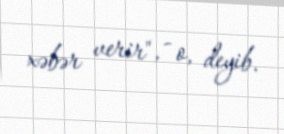
xəbər verir", - o, deyib.